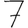
Digit: 7